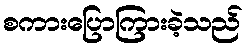
စကားပြောကြားခဲ့သည်